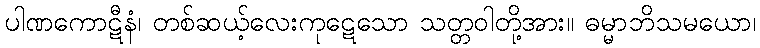
ပါဏကောဋီနံ၊ တစ်ဆယ့်လေးကုဋေသော သတ္တဝါတို့အား။ ဓမ္မာဘိသမယော၊